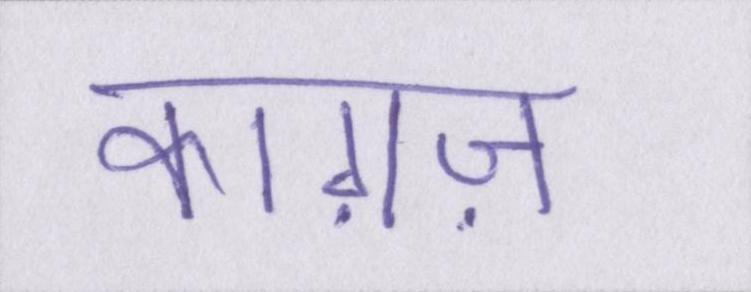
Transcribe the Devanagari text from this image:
काग़ज़